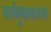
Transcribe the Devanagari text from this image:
सर्वसुखकारक